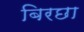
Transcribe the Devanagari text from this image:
बिरछा